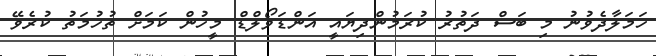
ހަމަލާދެވުނު މި ބަސް ދަތުރު ކުރަމުންދިޔައީ އަންޑަވޯލްޑް މީހުން ކަމަށް ތުހުމަތު ކުރެވޭ